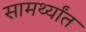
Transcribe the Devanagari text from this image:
सामर्थ्यांत